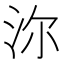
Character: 沵